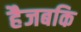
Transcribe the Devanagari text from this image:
हैजबकि